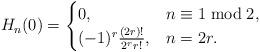
LaTeX: \begin{align*}H_n(0)=\begin{cases}0, & n\equiv 1\bmod 2,\\(-1)^r\frac{(2r)!}{2^rr!}, & n=2r.\end{cases}\end{align*}